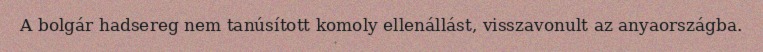
A bolgár hadsereg nem tanúsított komoly ellenállást, visszavonult az anyaországba.